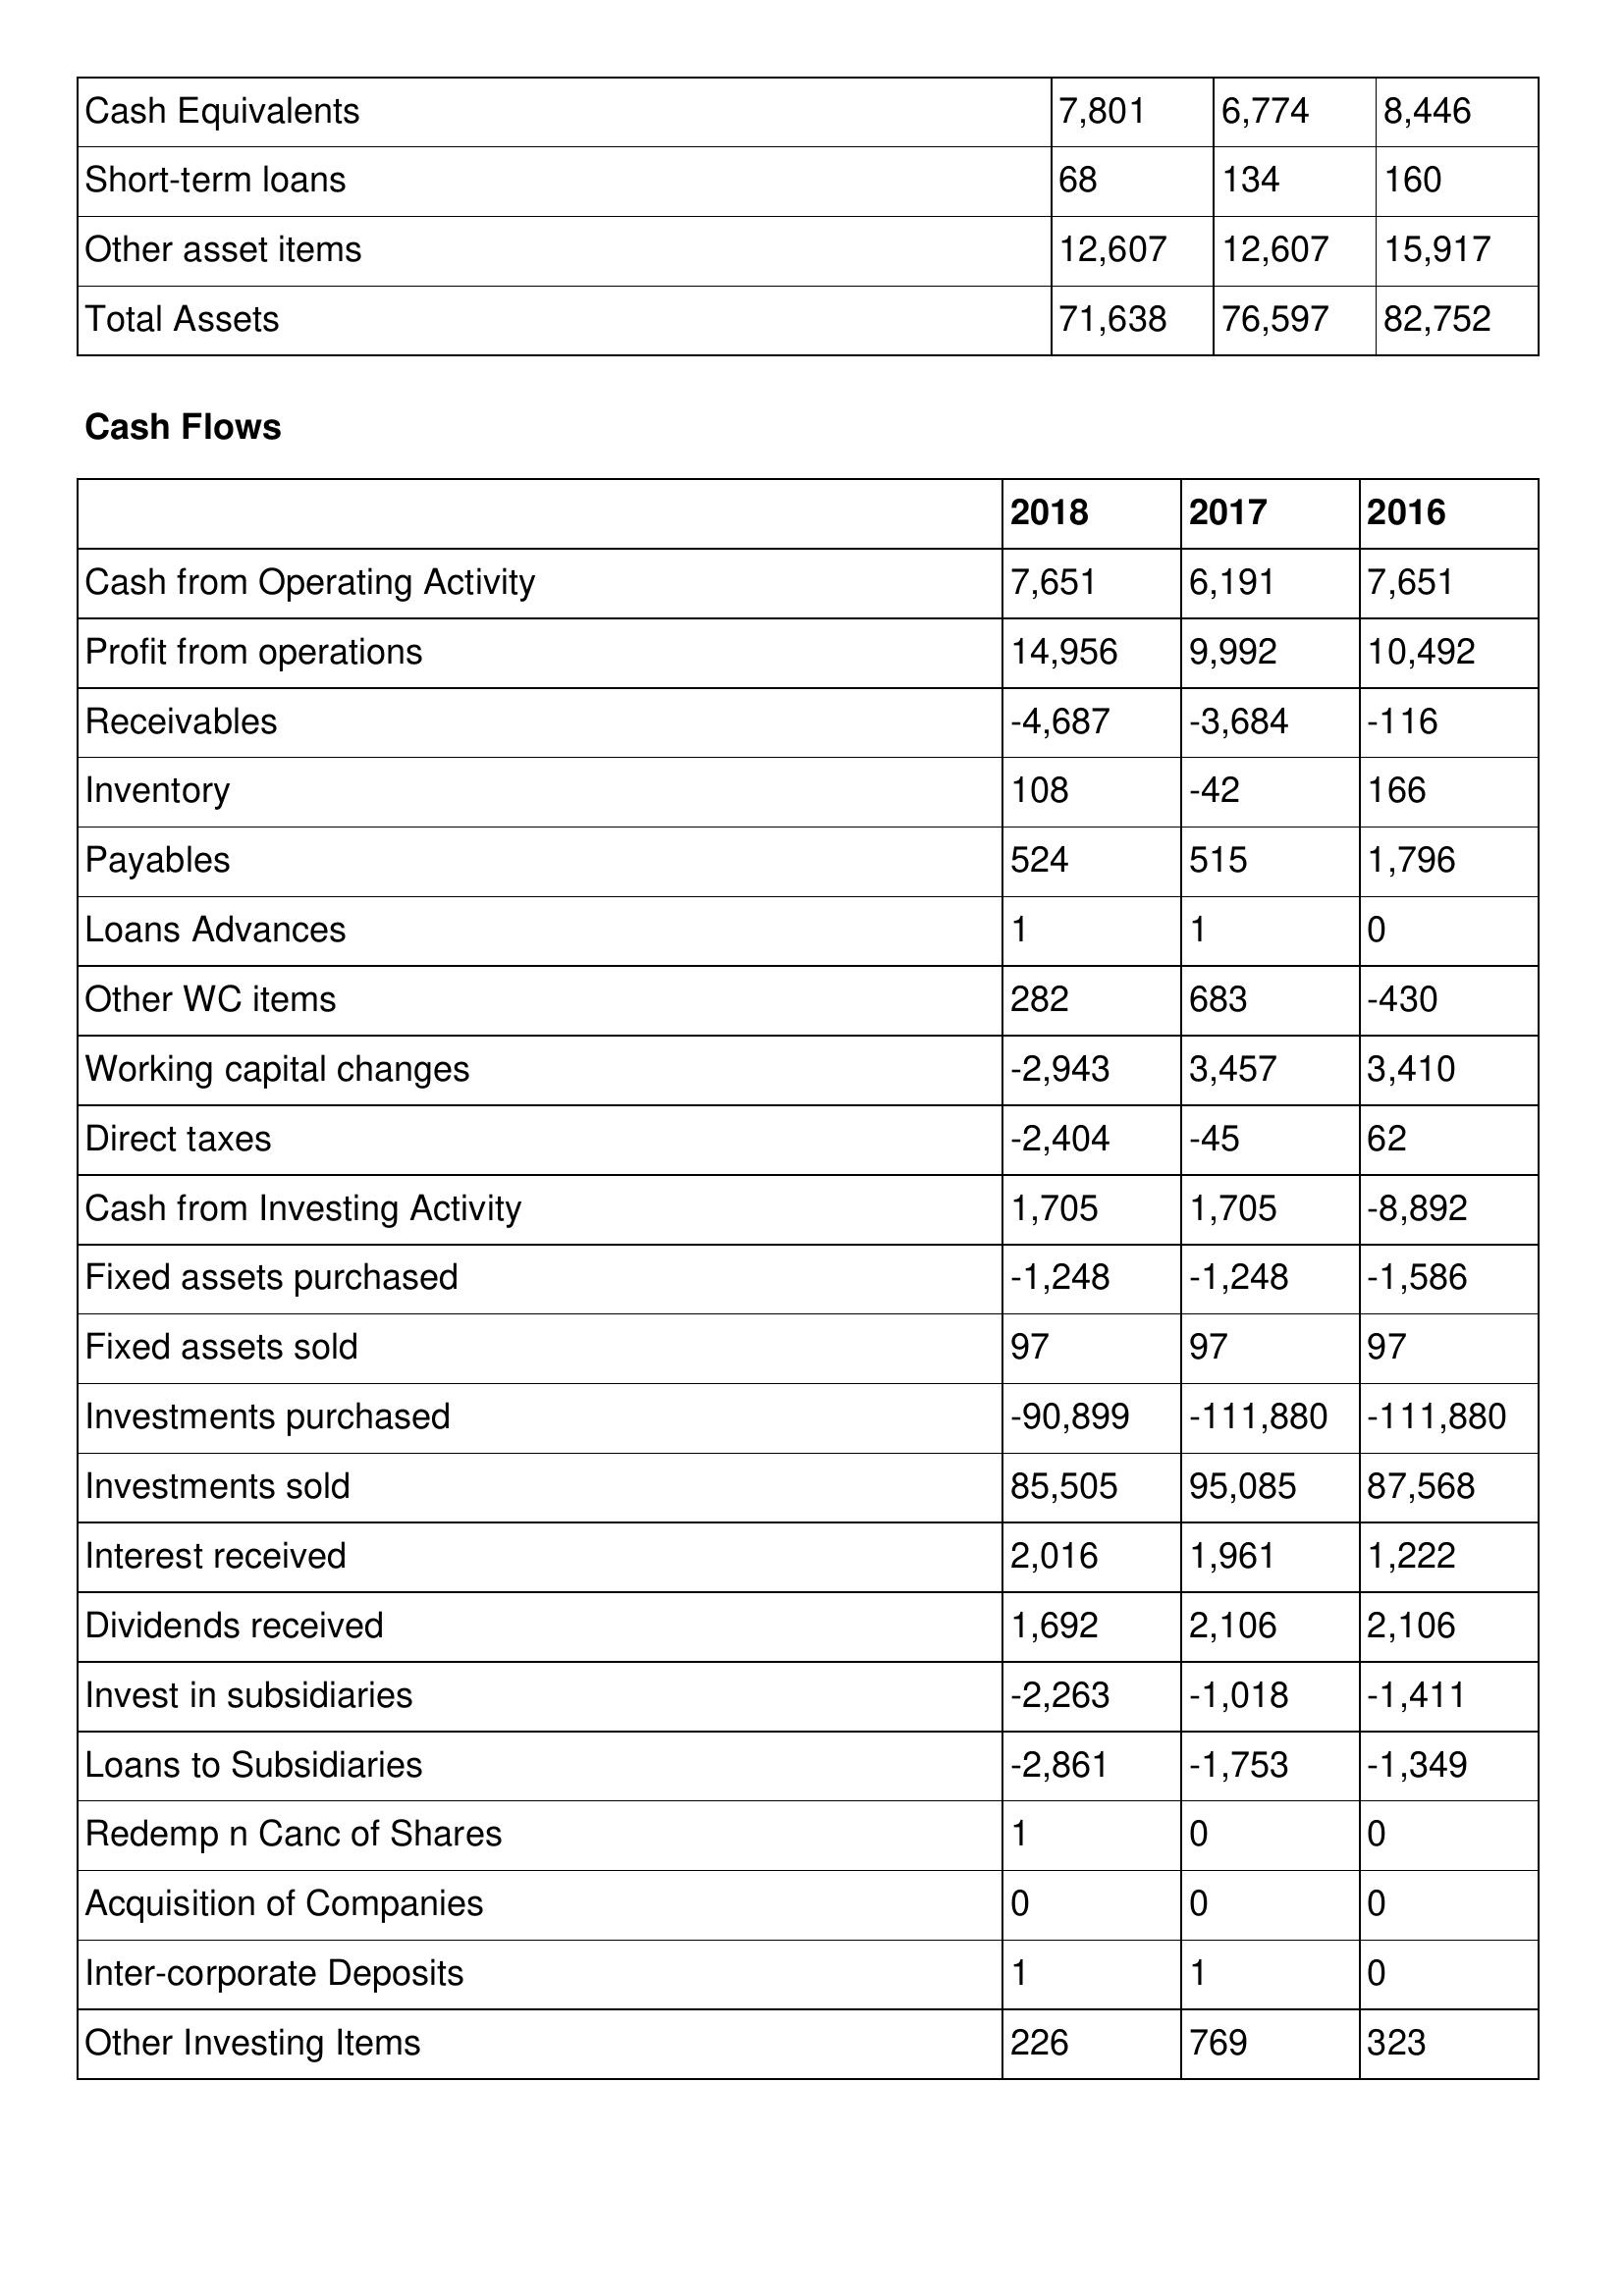
gt_parse: 2018: Balance Sheet: Cash Equivalents: 7,801
Short-term loans: 68
Other asset items: 12,607
Total Assets: 71,638
Cash Flows: Cash from Operating Activity: 7,651
Profit from operations: 14,956
Receivables: -4,687
Inventory: 108
Payables: 524
Loans Advances: 1
Other WC items: 282
Working capital changes: -2,943
Direct taxes: -2,404
Cash from Investing Activity: 1,705
Fixed assets purchased: -1,248
Fixed assets sold: 97
Investments purchased: -90,899
Investments sold: 85,505
Interest received: 2,016
Dividends received: 1,692
Invest in subsidiaries: -2,263
Loans to Subsidiaries: -2,861
Redemp n Canc of Shares: 1
Acquisition of Companies: 0
Inter-corporate Deposits: 1
Other Investing Items: 226
2017: Balance Sheet: Cash Equivalents: 6,774
Short-term loans: 134
Other asset items: 12,607
Total Assets: 76,597
Cash Flows: Cash from Operating Activity: 6,191
Profit from operations: 9,992
Receivables: -3,684
Inventory: -42
Payables: 515
Loans Advances: 1
Other WC items: 683
Working capital changes: 3,457
Direct taxes: -45
Cash from Investing Activity: 1,705
Fixed assets purchased: -1,248
Fixed assets sold: 97
Investments purchased: -111,880
Investments sold: 95,085
Interest received: 1,961
Dividends received: 2,106
Invest in subsidiaries: -1,018
Loans to Subsidiaries: -1,753
Redemp n Canc of Shares: 0
Acquisition of Companies: 0
Inter-corporate Deposits: 1
Other Investing Items: 769
2016: Balance Sheet: Cash Equivalents: 8,446
Short-term loans: 160
Other asset items: 15,917
Total Assets: 82,752
Cash Flows: Cash from Operating Activity: 7,651
Profit from operations: 10,492
Receivables: -116
Inventory: 166
Payables: 1,796
Loans Advances: 0
Other WC items: -430
Working capital changes: 3,410
Direct taxes: 62
Cash from Investing Activity: -8,892
Fixed assets purchased: -1,586
Fixed assets sold: 97
Investments purchased: -111,880
Investments sold: 87,568
Interest received: 1,222
Dividends received: 2,106
Invest in subsidiaries: -1,411
Loans to Subsidiaries: -1,349
Redemp n Canc of Shares: 0
Acquisition of Companies: 0
Inter-corporate Deposits: 0
Other Investing Items: 323